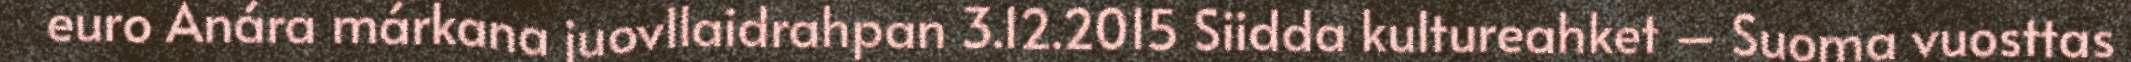
euro Anára márkana juovllaidrahpan 3.12.2015 Siidda kultureahket – Suoma vuosttas